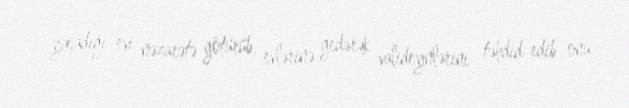
yaşadığı evi nəzarətə götürüb, evlərinə gedərək valideynlərini təhdid edib onu